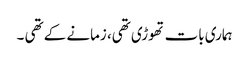
ہماری بات تھوڑی تھی، زمانے کے تھی ۔